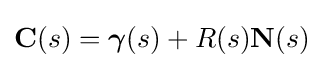
\mathbf {C} (s)={\boldsymbol {\gamma }}(s)+R(s)\mathbf {N} (s)